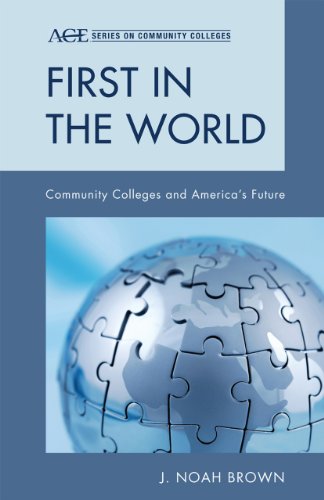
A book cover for First in the World: Community Colleges and America's Future (ACE Series on Community Colleges); J. Noah Brown; Education & Teaching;